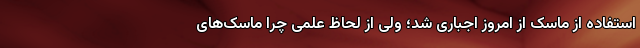
استفاده از ماسک از امروز اجباری شد؛ ولی از لحاظ علمی چرا ماسک‌های